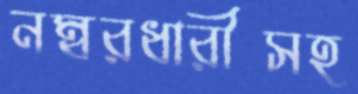
নম্বরধারীসহ